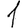
Digit: 1